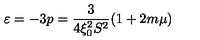
\varepsilon = - 3 p = \frac { 3 } { 4 \xi _ { 0 } ^ { 2 } S ^ { 2 } } ( 1 + 2 m \mu )